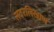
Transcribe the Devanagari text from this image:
सदरलिखाण